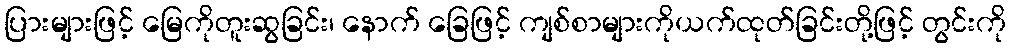
ပြားများဖြင့် မြေကိုတူးဆွခြင်း၊ နောက် ခြေဖြင့် ကျစ်စာများကိုယက်ထုတ်ခြင်းတို့ဖြင့် တွင်းကို